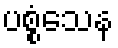
ပစ္စံသေန